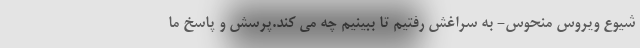
شیوع ویروس منحوس- به سراغش رفتیم تا ببینیم چه می کند.پرسش و پاسخ ما